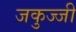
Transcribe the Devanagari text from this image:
जकुज्जी